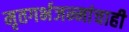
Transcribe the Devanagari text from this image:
मृतगर्भजन्मांचाही